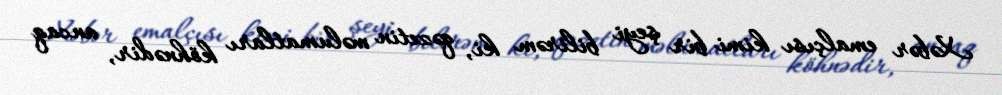
Xəbər emalçısı kimi bir şeyi bilirəm ki, qəzetin məlumatları köhnədir, ancaq